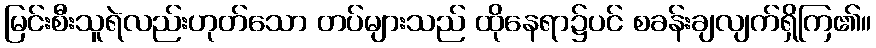
မြင်းစီးသူရဲလည်းဟုတ်သော တပ်များသည် ထိုနေရာ၌ပင် စခန်းချလျက်ရှိကြ၏။